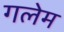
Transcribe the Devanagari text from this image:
गलेम